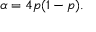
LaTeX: \alpha = 4 p ( 1 - p ) .